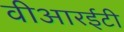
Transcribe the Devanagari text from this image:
वीआरईटी